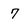
Character: 7